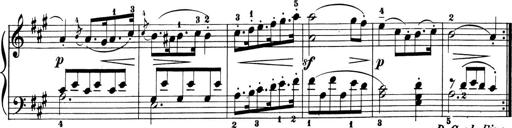
Title: 6 Piano Sonatinas
Composer: Cornelius Gurlitt